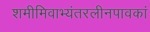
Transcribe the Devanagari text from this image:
शमीमिवाभ्यंतरलीनपावकां